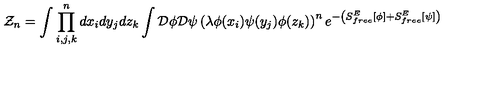
{ \cal Z } _ { n } = \int \prod _ { i , j , k } ^ { n } d x _ { i } d y _ { j } d z _ { k } \int { \cal D } \phi { \cal D } \psi \left( \lambda \phi ( x _ { i } ) \psi ( y _ { j } ) \phi ( z _ { k } ) \right) ^ { n } e ^ { - \left( S _ { f r e e } ^ { E } \left[ \phi \right] + S _ { f r e e } ^ { E } \left[ \psi \right] \right) }